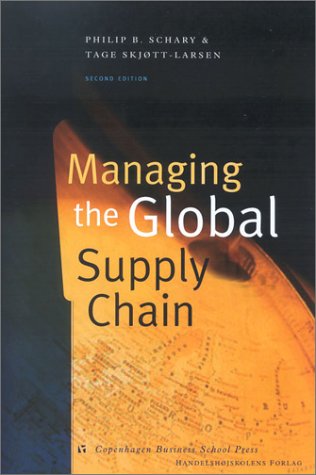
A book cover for Managing the Global Supply Chain (Copenhagen studies in economics & management); Philip B. Schary; Business & Money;